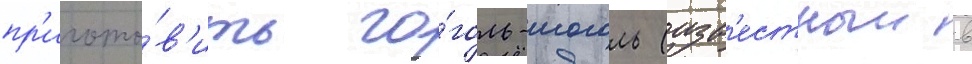
пр'игото́в'ить го́голь-моголь (изв'естныи в